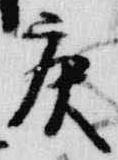
庚